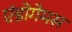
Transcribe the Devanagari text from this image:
एंडोगेमस